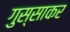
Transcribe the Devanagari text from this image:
गुस्साकर